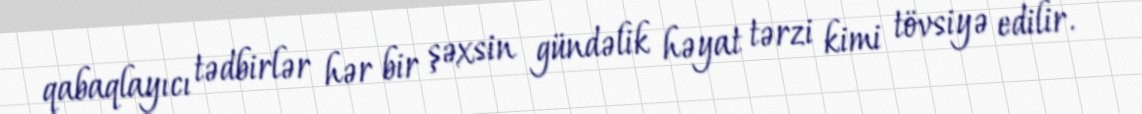
qabaqlayıcı tədbirlər hər bir şəxsin gündəlik həyat tərzi kimi tövsiyə edilir.